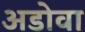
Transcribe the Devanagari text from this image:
अडोवा